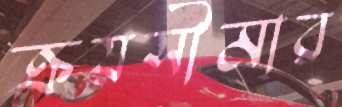
ক্রয়সীমার